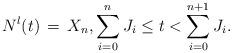
LaTeX: \begin{align*}N^l(t) \, = \, X_n, \sum_{i=0}^n J_i \leq t < \sum_{i=0}^{n+1} J_i.\end{align*}